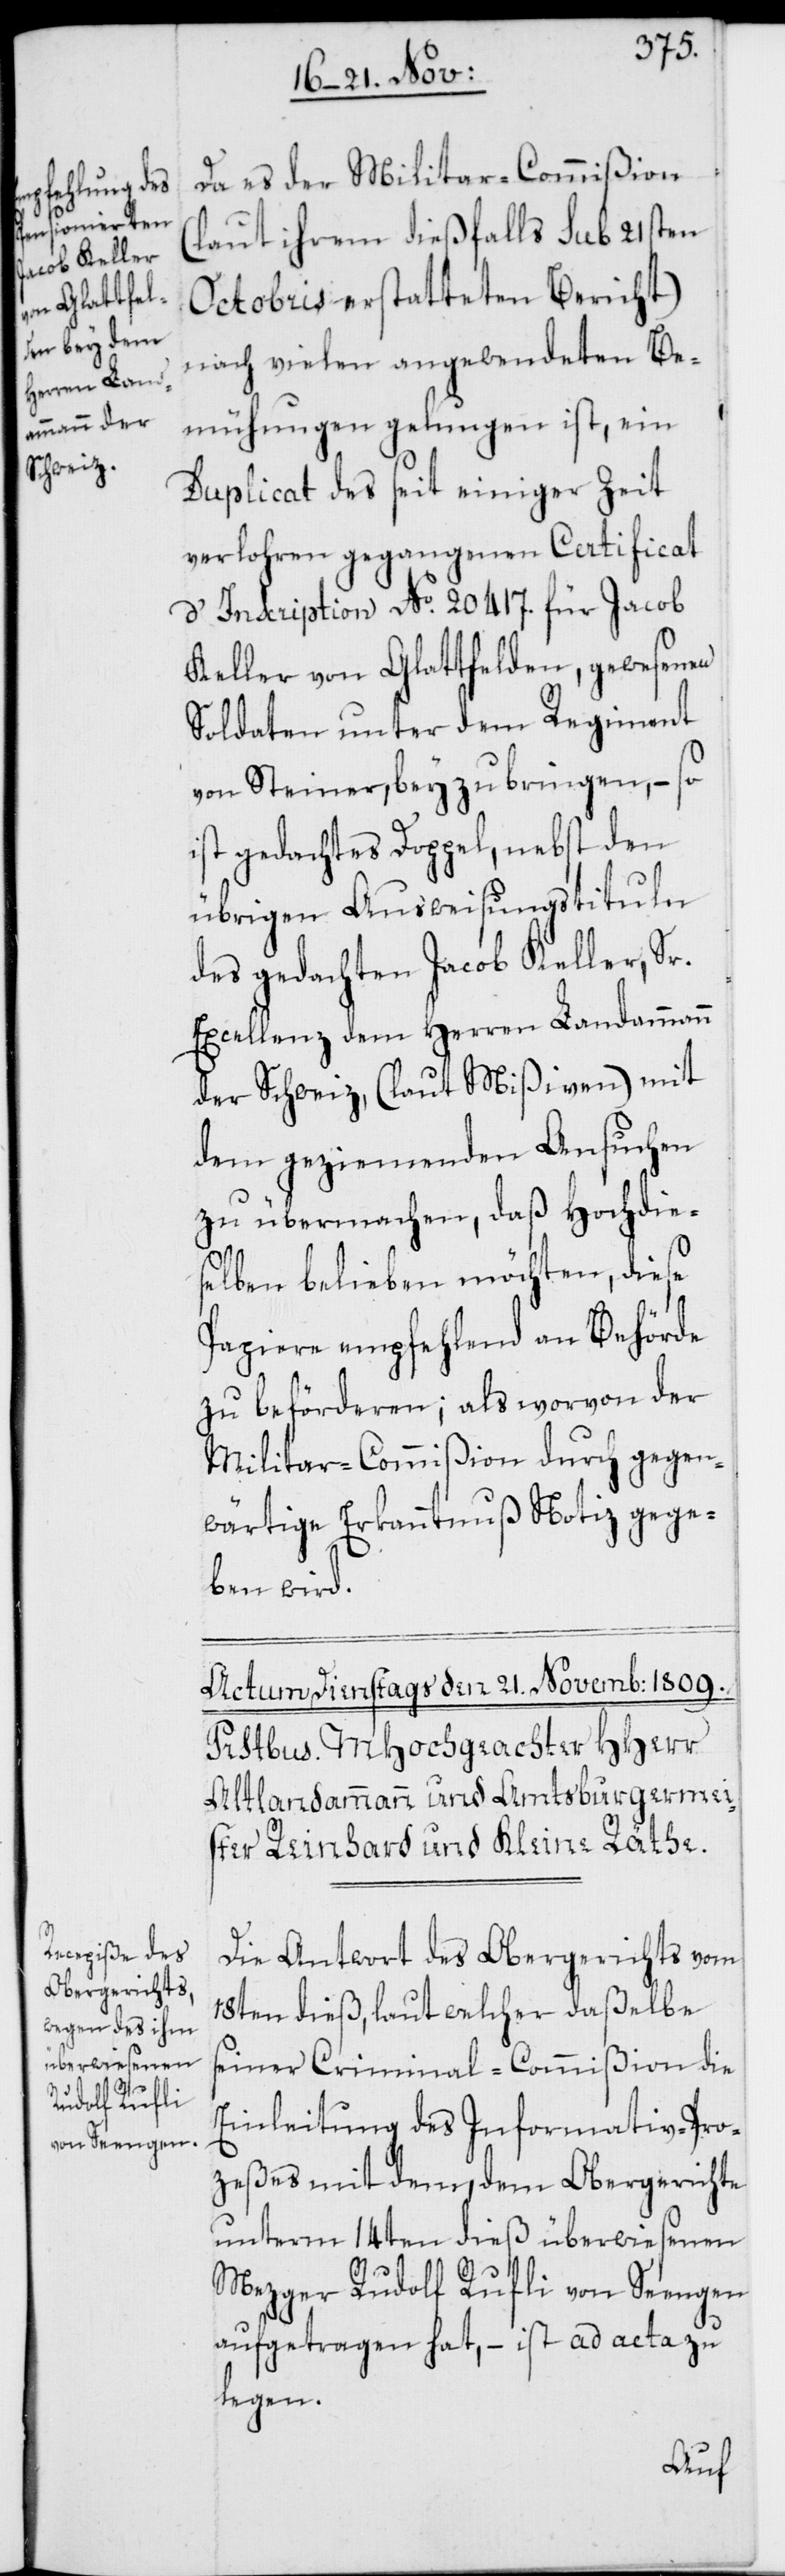
Da es der Militar-Commißion
(laut ihrem dießfalls sub 21sten
Octobris erstatteten Bericht)
nach vielen angewendeten Be¬
mühungen gelungen ist, ein
Duplicat des seit einiger Zeit
verlohren gegangenen Certificat
d’Inscription No. 20417. für Jacob
Keller von Glattfelden, gewesenen
Soldaten unter dem Regiment
von Steiner, bey zu bringen, – so
ist gedachtes Doppel, nebst den
übrigen Ausweisungstituln
des gedachten Jacob Keller, Sr.
Excellenz, dem Herren Landammann
der Schweiz (laut Mißiven) mit
dem geziemenden Ansuchen
zu übermachen, daß Hochdie¬
selben belieben möchten, diese
Papiere empfehlend an Behörde
zu beförderen; als worvon der
Militar-Commißion durch gegen¬
wärtige Erkanntnuß Notiz gege¬
ben wird.
Die Antwort des Obergerichts vom
18ten dieß, laut welcher daßelbe
seiner Criminal-Commißion die
Einleitung des Informativ-Pro¬
zeßes mit dem, dem Obergerichte
unterm 14ten dieß überwiesenen
Mezger Rudolf Rufli von Seengen
aufgetragen hat, – ist ad acta zu
legen.